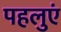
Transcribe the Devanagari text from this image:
पहलुएं